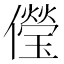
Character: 𠐓